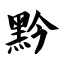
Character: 黔